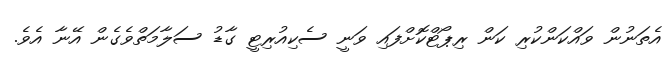
އެތަނުން ވައްކަންކުރި ކަން ރިޕޯޓްކޮށްފައި ވަނީ ސެކިއުރިޓީ ގާޑު ސަލާމަތްވެގެން އޭނާ އެވެ.